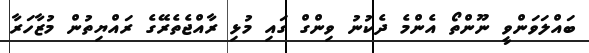
ބައްލަވަންވީ ނޫންތޯ އެންމެ ދެކުނު ވިންގް ގައި މުޅި ރާއްޖެތެރޭގެ ރައްޔިތުން މުޒާހަރާ